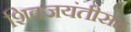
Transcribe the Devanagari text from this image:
शिवजयंतीसह